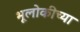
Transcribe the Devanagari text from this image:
भूलोकीच्या